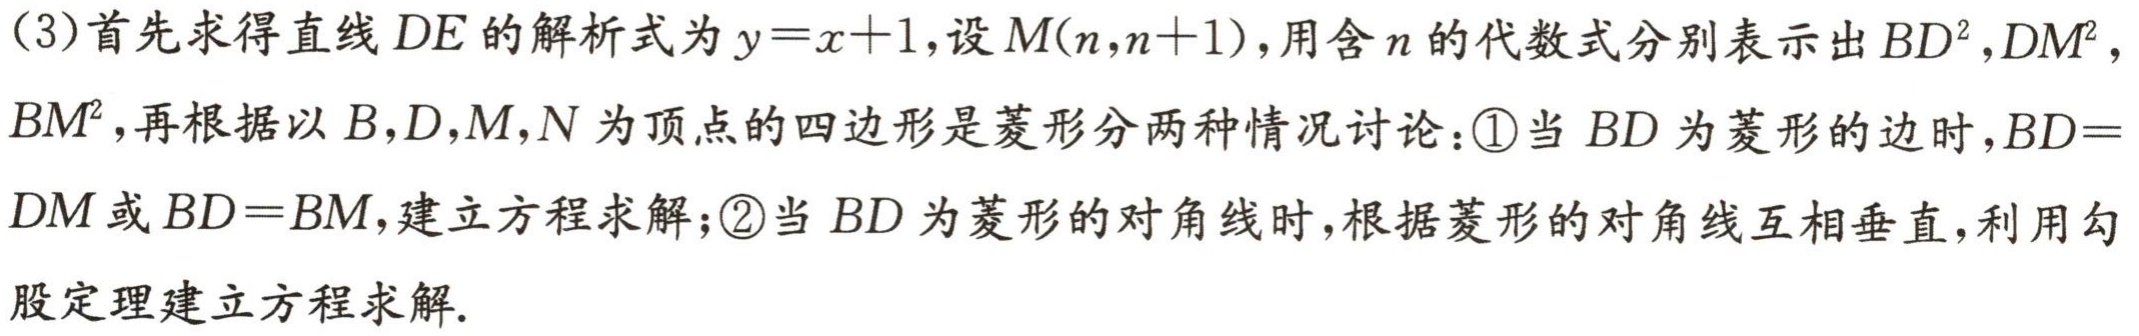
(3)首先求得直线\(DE\)的解析式为\(y = x + 1\)，设\(M(n,n + 1)\)，用含\(n\)的代数式分别表示出\(BD^{2}\)，\(DM^{2}\)，\(BM^{2}\)，再根据以\(B,D,M,N\)为顶点的四边形是菱形分两种情况讨论：\textcircled{1}当\(BD\)为菱形的边时，\(BD = DM\)或\(BD = BM\)，建立方程求解；\textcircled{2}当\(BD\)为菱形的对角线时，根据菱形的对角线互相垂直，利用勾股定理建立方程求解.